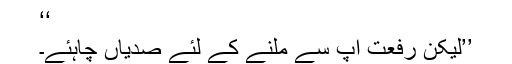
‘‘
’’لیکن رفعت آپ سے ملنے کے لئے صدیاں چاہئے۔